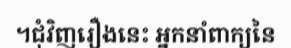
។ជុំវិញរឿងនេះ អ្នកនាំពាក្យនៃ